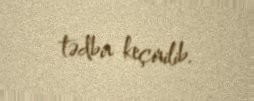
tədbir keçirilib.